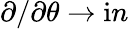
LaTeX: \partial/\partial\theta\to\mathrm{i}n